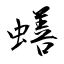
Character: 蟮